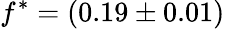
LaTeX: f^{\ast}=(0.19\pm 0.01)